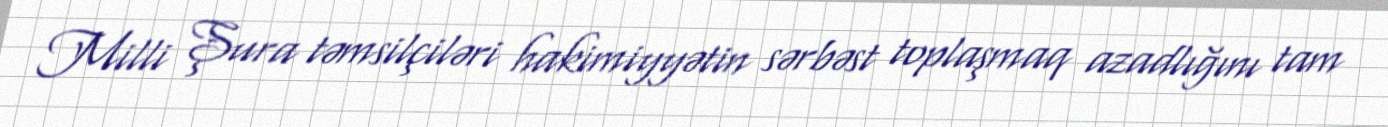
Milli Şura təmsilçiləri hakimiyyətin sərbəst toplaşmaq azadlığını tam